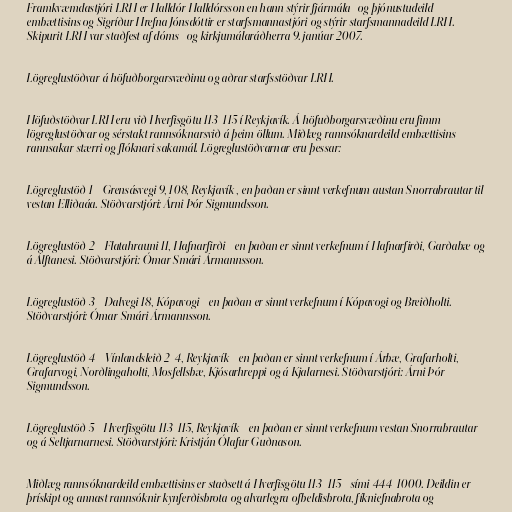
Framkvæmdastjóri LRH er Halldór Halldórsson en hann stýrir fjármála- og þjónustudeild
embættisins og Sigríður Hrefna Jónsdóttir er starfsmannastjóri og stýrir starfsmannadeild LRH.
Skipurit LRH var staðfest af dóms- og kirkjumálaráðherra 9. janúar 2007.

Lögreglustöðvar á höfuðborgarsvæðinu og aðrar starfsstöðvar LRH.

Höfuðstöðvar LRH eru við Hverfisgötu 113-115 í Reykjavík. Á höfuðborgarsvæðinu eru fimm
lögreglustöðvar og sérstakt rannsóknarsvið á þeim öllum. Miðlæg rannsóknardeild embættisins
rannsakar stærri og flóknari sakamál. Lögreglustöðvarnar eru þessar:

Lögreglustöð 1 - Grensásvegi 9, 108, Reykjavík , en þaðan er sinnt verkefnum austan Snorrabrautar til
vestan Elliðaáa. Stöðvarstjóri: Árni Þór Sigmundsson.

Lögreglustöð 2 - Flatahrauni 11, Hafnarfirði - en þaðan er sinnt verkefnum í Hafnarfirði, Garðabæ og
á Álftanesi. Stöðvarstjóri: Ómar Smári Ármannsson.

Lögreglustöð 3 - Dalvegi 18, Kópavogi - en þaðan er sinnt verkefnum í Kópavogi og Breiðholti.
Stöðvarstjóri: Ómar Smári Ármannsson.

Lögreglustöð 4 - Vínlandsleið 2-4, Reykjavík - en þaðan er sinnt verkefnum í Árbæ, Grafarholti,
Grafarvogi, Norðlingaholti, Mosfellsbæ, Kjósarhreppi og á Kjalarnesi. Stöðvarstjóri: Árni Þór
Sigmundsson.

Lögreglustöð 5 - Hverfisgötu 113-115, Reykjavík - en þaðan er sinnt verkefnum vestan Snorrabrautar
og á Seltjarnarnesi. Stöðvarstjóri: Kristján Ólafur Guðnason.

Miðlæg rannsóknardeild embættisins er staðsett á Hverfisgötu 113-115 - sími 444-1000. Deildin er
þrískipt og annast rannsóknir kynferðisbrota og alvarlegra ofbeldisbrota, fíkniefnabrota og